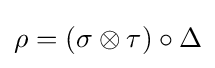
\rho =(\sigma \otimes \tau )\circ \Delta